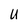
Character: U